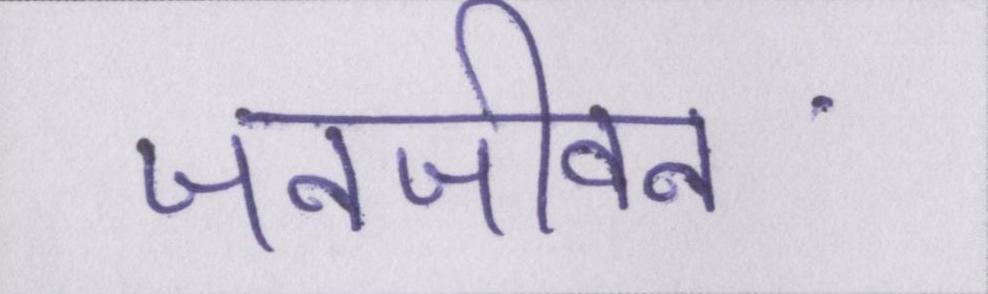
जनजीवन